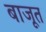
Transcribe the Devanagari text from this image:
बाजूत